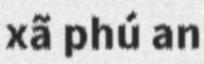
xã phú an